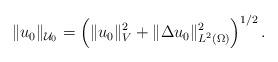
LaTeX: \begin{align*}\|u_0\|_{\mathcal{U}_0}=\left(\|u_0\|_V^2+\|\Delta u_0\|_{L^2(\Omega )}^2\right)^{1/2}.\end{align*}